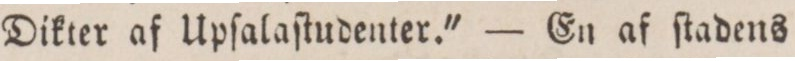
Dikter af Upſalaſtudenter.' — En af ſtadens